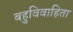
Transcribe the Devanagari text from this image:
बहुविवाहिता